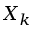
X _ { k }